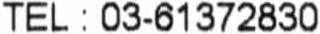
TEL : 03-61372830